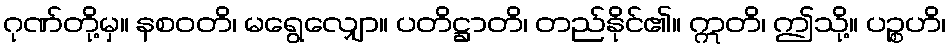
ဂုဏ်တို့မှ။ နစဝတိ၊ မရွေလျှော။ ပတိဋ္ဌာတိ၊ တည်နိုင်၏။ ဣတိ၊ ဤသို့။ ပဉ္စဟိ၊